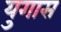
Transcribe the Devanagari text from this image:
युगास